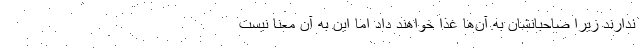
ندارند زیرا صاحبانشان به آن‌ها غذا خواهند داد اما این به آن معنا نیست